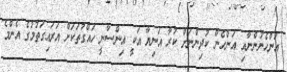
އަންހެނުންނާއި އަންހެން ކުދިންނަށް ކުރާ އަނިޔާ އަކީ އިންސާނީ ހައްގުތަކަށް އަރައިގަތުމުގެ އެންމެ